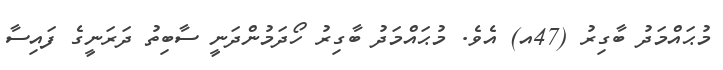
މުޙައްމަދު ބާގިރު (47އ) އެވެ. މުޙައްމަދު ބާގިރު ހޯދަމުންދަނީ ސާބިތު ދަރަނީގެ ފައިސާ